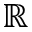
\mathbb { R }